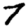
Digit: 7